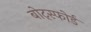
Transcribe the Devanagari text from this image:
बोट्स्फोर्ड